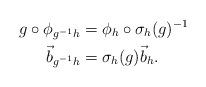
LaTeX: \begin{align*}g\circ \phi_{g^{-1}h}&=\phi_{h}\circ \sigma_{h}(g)^{-1}\\\vec b_{g^{-1}h}&=\sigma_{h}(g)\vec b_{h}.\end{align*}